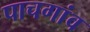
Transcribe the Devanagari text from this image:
पाचगांव